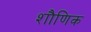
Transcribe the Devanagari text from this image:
शौणिक